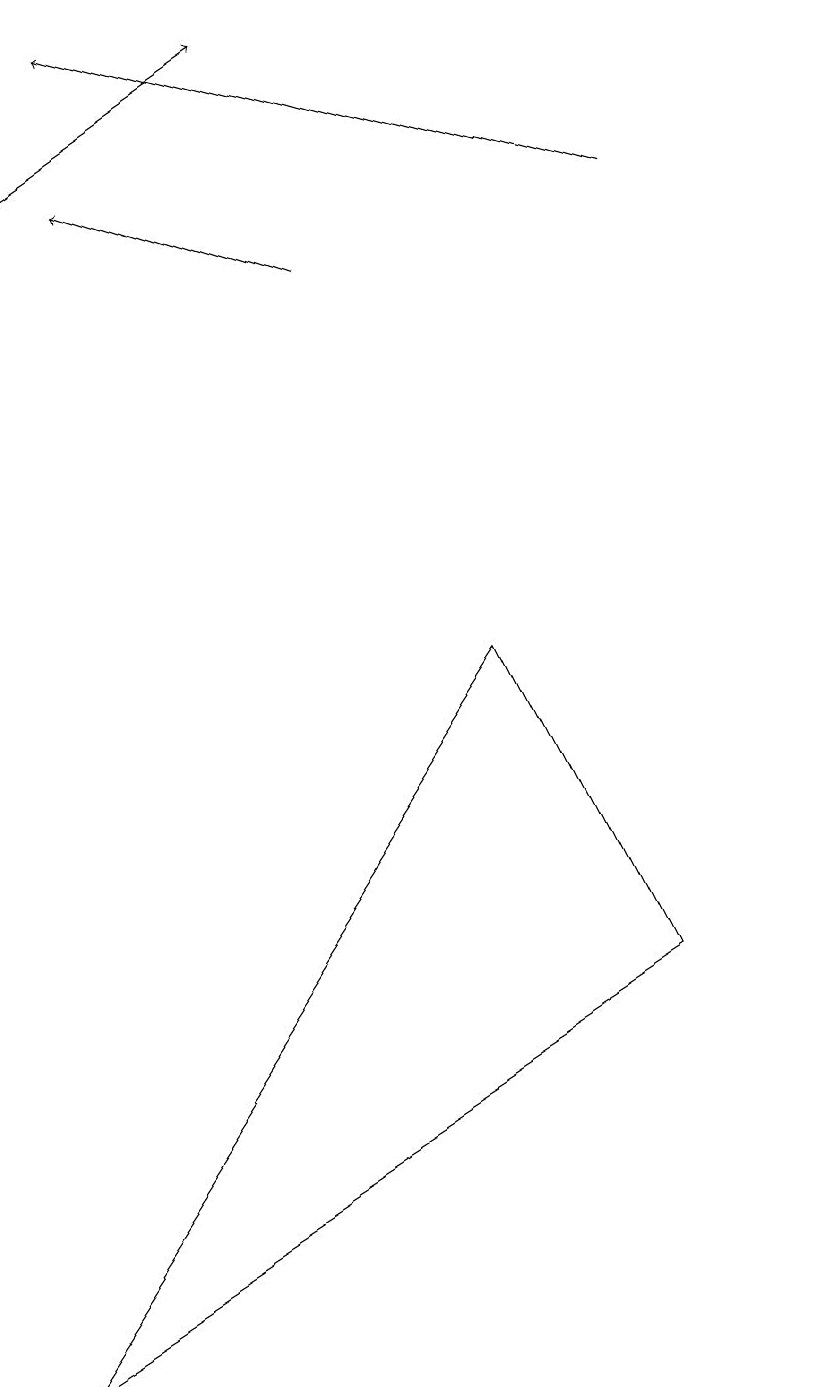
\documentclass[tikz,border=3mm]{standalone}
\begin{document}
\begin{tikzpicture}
\draw[->] (0,15) -- (3,17);
\draw[->] (4,14) -- (1,15);
\draw (10,12) circle (0);
\draw (0,0) -- (6,9) -- (8,5) -- cycle;
\draw[->] (8,15) -- (1,17);
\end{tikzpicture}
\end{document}